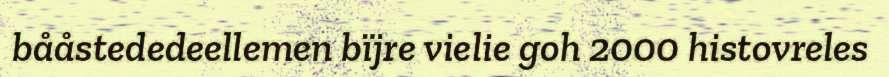
bååstededeellemen bïjre vielie goh 2000 histovreles